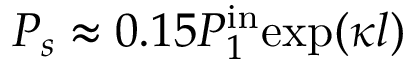
P _ { s } \approx 0 . 1 5 P _ { 1 } ^ { \mathrm { i n } } \mathrm { e x p } ( \kappa l )